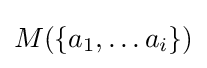
M(\{a_{1},\dots a_{i}\})